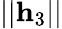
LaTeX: ||\mathbf{h}_{3}||